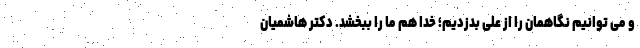
و می توانیم نگاهمان را از علی بدزدیم؛ خدا هم ما را ببخشد. دکتر هاشمیان